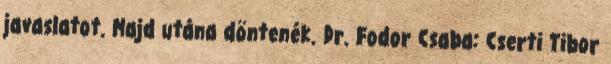
javaslatot. Majd utána döntenék. Dr. Fodor Csaba: Cserti Tibor